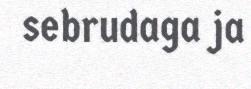
sebrudaga ja